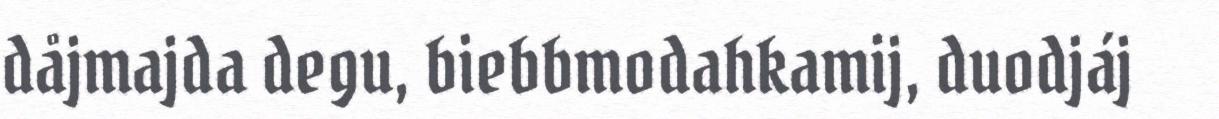
dåjmajda degu, biebbmodahkamij, duodjáj